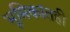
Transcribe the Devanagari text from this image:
भूमिकांतही